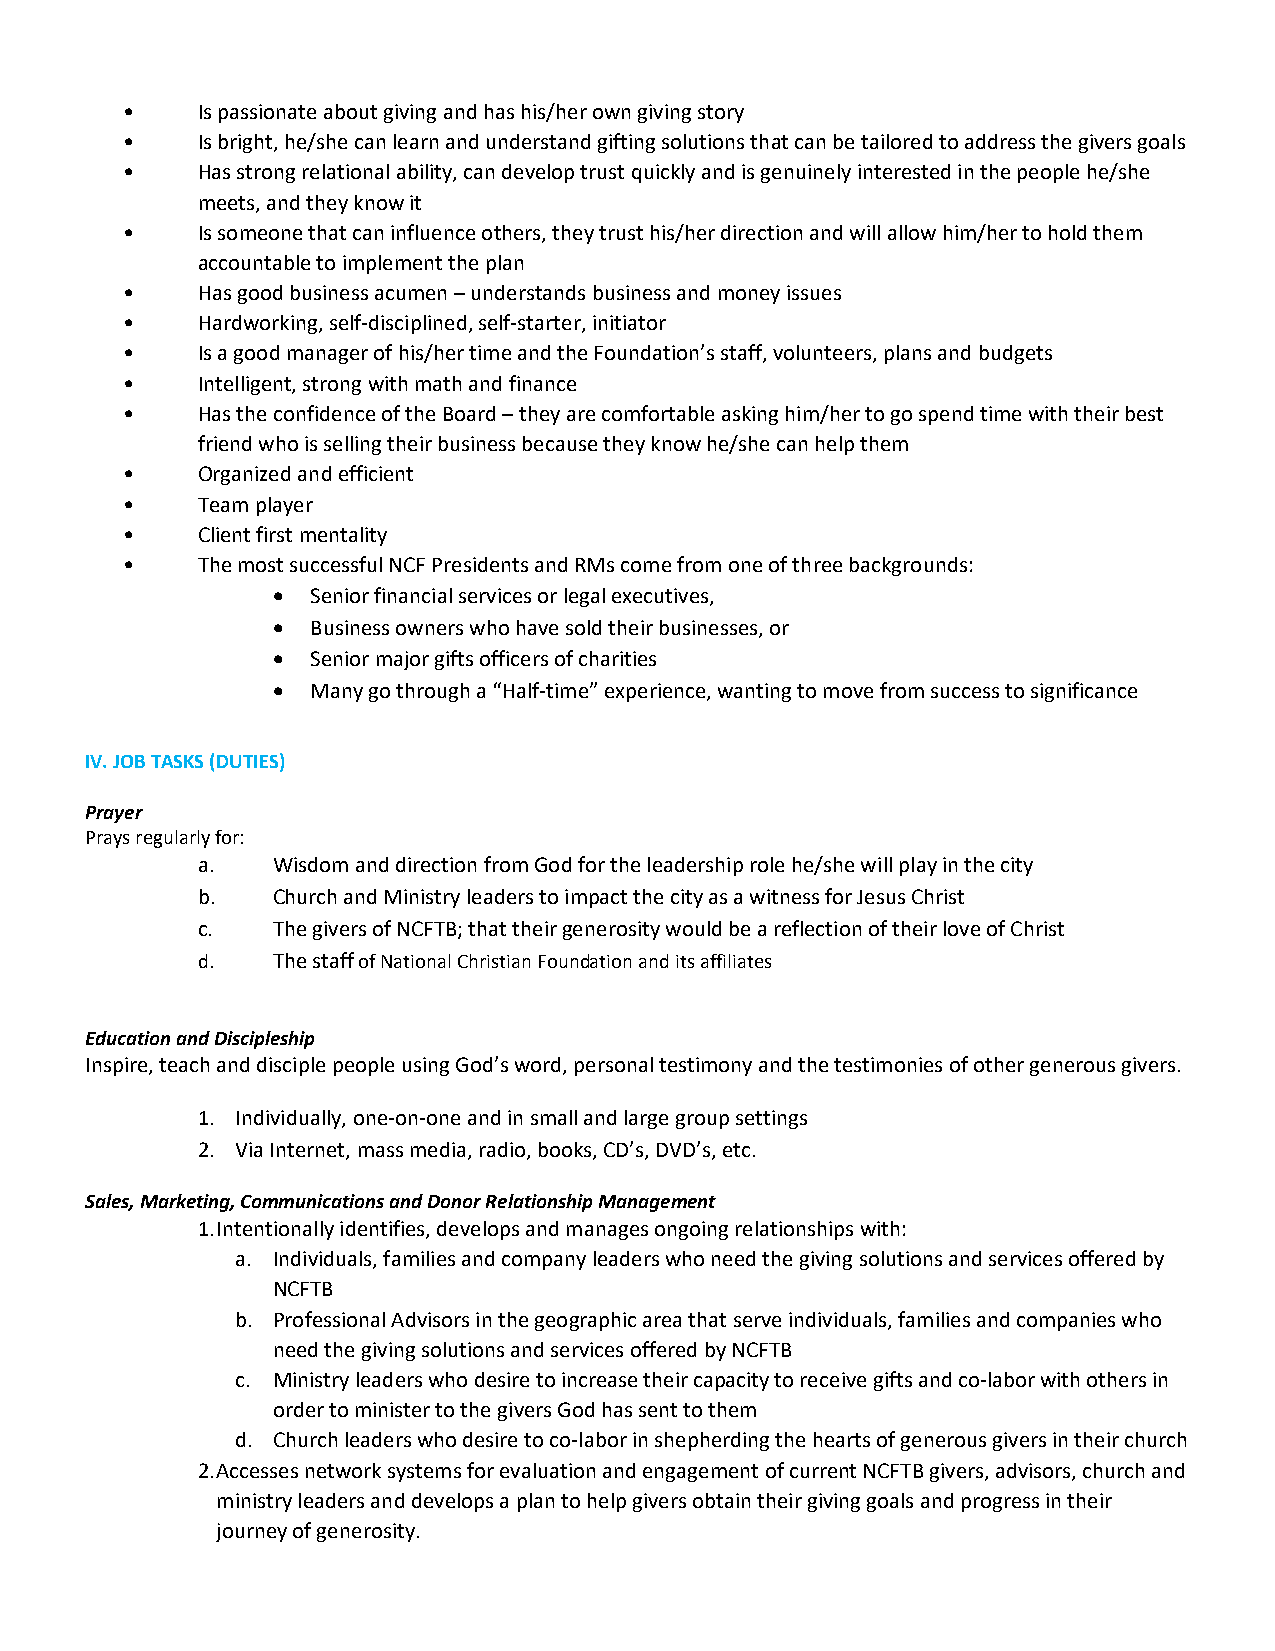
•    Is passionate about giving and has his/her own giving story
 •    Is bright, he/she can learn and understand gifting solutions that can be tailored to address the givers goals
 •    Has strong relational ability, can develop trust quickly and is genuinely interested in the people he/she
 meets, and they know it
 •    Is someone that can influence others, they trust his/her direction and will allow him/her to hold them
 accountable to implement the plan
 •    Has good business acumen – understands business and money issues
 •    Hardworking, self‐disciplined, self‐starter, initiator
 •    Is a good manager of his/her time and the Foundation’s staff, volunteers, plans and budgets
 •    Intelligent, strong with math and finance
 •    Has the confidence of the Board – they are comfortable asking him/her to go spend time with their best
 friend who is selling their business because they know he/she can help them
 •    Organized and efficient
 •    Team player
 •    Client first mentality
 •    The most successful NCF Presidents and RMs come from one of three backgrounds:
   Senior financial services or legal executives,
   Business owners who have sold their businesses, or
   Senior major gifts officers of charities
   Many go through a “Half‐time” experience, wanting to move from success to significance
 IV. JOB TASKS (DUTIES)
 Prayer
 Prays regularly for:
 a.   Wisdom and direction from God for the leadership role he/she will play in the city
 b.   Church and Ministry leaders to impact the city as a witness for Jesus Christ
 c.   The givers of NCFTB; that their generosity would be a reflection of their love of Christ
 d.   The staff of National Christian Foundation and its affiliates
 Education and Discipleship
 Inspire, teach and disciple people using God’s word, personal testimony and the testimonies of other generous givers.
 1. Individually, one‐on‐one and in small and large group settings
 2. Via Internet, mass media, radio, books, CD’s, DVD’s, etc.
 Sales, Marketing, Communications and Donor Relationship Management
 1. Intentionally identifies, develops and manages ongoing relationships with:
 a. Individuals, families and company leaders who need the giving solutions and services offered by
 NCFTB
 b. Professional Advisors in the geographic area that serve individuals, families and companies who
 need the giving solutions and services offered by NCFTB
 c. Ministry leaders who desire to increase their capacity to receive gifts and co‐labor with others in
 order to minister to the givers God has sent to them
 d. Church leaders who desire to co‐labor in shepherding the hearts of generous givers in their church
 2. Accesses network systems for evaluation and engagement of current NCFTB givers, advisors, church and
 ministry leaders and develops a plan to help givers obtain their giving goals and progress in their
 journey of generosity.